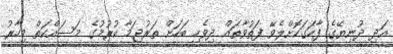
އަދި ދުނިޔޭގެ ފާހަގަކޮށްލެވޭ ފަތުވާތައް ދިވެހި ބަހަށް ތަރުޖަމާ ކުރުމުގެ މަސައްކަތް މިހާރު